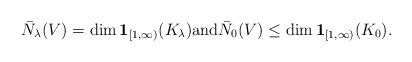
LaTeX: \begin{align*}\bar{N}_\lambda(V) = \dim \mathbf{1}_{[1,\infty)}(K_\lambda) \mbox{and} \bar{N}_{0}(V) \leq \dim \mathbf{1}_{[1,\infty)}(K_{0}).\end{align*}